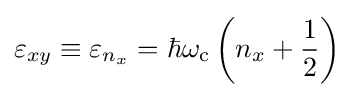
\varepsilon _{xy}\equiv \varepsilon _{n_{x}}=\hbar \omega _{\rm {c}}\left(n_{x}+{\frac {1}{2}}\right)